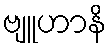
ဗျူဟာနိ